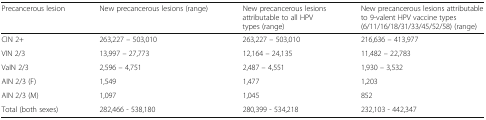
<table><thead><tr><td><b>Precancerous lesion</b></td><td><b>New precancerous lesions (range)</b></td><td><b>New precancerous lesions attributable to all HPV types (range)</b></td><td><b>New precancerous lesions attributable to 9-valent HPV vaccine types (6/11/16/18/31/33/45/52/58) (range)</b></td></tr></thead><tbody><tr><td>CIN 2+</td><td>263,227 – 503,010</td><td>263,227 – 503,010</td><td>216,636 – 413,977</td></tr><tr><td>VIN 2/3</td><td>13,997 – 27,773</td><td>12,164 – 24,135</td><td>11,482 – 22,783</td></tr><tr><td>VaIN 2/3</td><td>2,596 – 4,751</td><td>2,487 – 4,551</td><td>1,930 – 3,532</td></tr><tr><td>AIN 2/3 (F)</td><td>1,549</td><td>1,477</td><td>1,203</td></tr><tr><td>AIN 2/3 (M)</td><td>1,097</td><td>1,045</td><td>852</td></tr><tr><td>Total (both sexes)</td><td>282,466 - 538,180</td><td>280,399 - 534,218</td><td>232,103 - 442,347</td></tr></tbody></table>